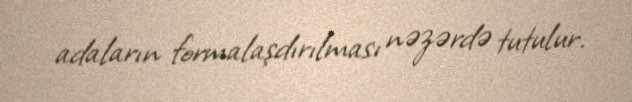
adaların formalaşdırılması nəzərdə tutulur.